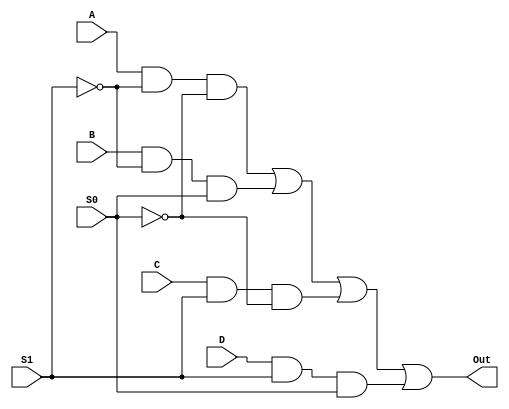
`timescale 1 ns/1 ns

module MuxGate(A, B, C, D, S1, S0, Out);

	input A, B, C, D;
	input S1, S0;

	output Out;

	wire N1, N2, N3, N4, N5, N6;

	not Inv_1(N2, S1);
	not Inv_0(N1, S0);
	and And_1(N3, A, N2, N1);
	and And_2(N4, B, N2, S0);
	and And_3(N5, C, S1, N1);
	and And_4(N6, D, S1, S0);
	or Or_1(Out, N3, N4, N5, N6);	

endmodule